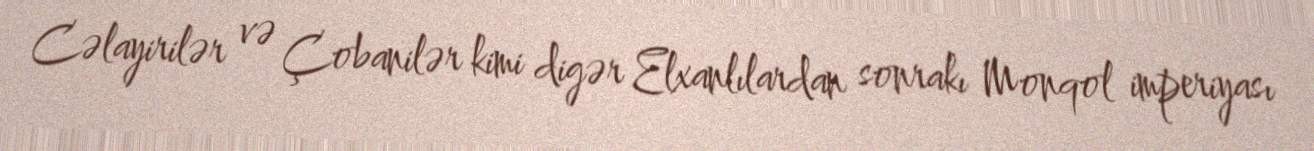
Cəlayirilər və Çobanilər kimi digər Elxanlılardan sonrakı Monqol imperiyası